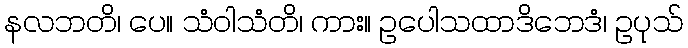
နလဘတိ၊ ပေ။ သံဝါသံတိ၊ ကား။ ဥပေါသထာဒိဘေဒံ၊ ဥပုသ်